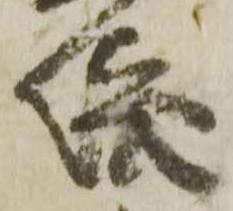
依